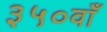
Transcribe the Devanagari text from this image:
३५०वाँ